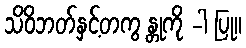
သိဝိဘတ်နှင့်တကွ န္တုကို -ါ ပြု။